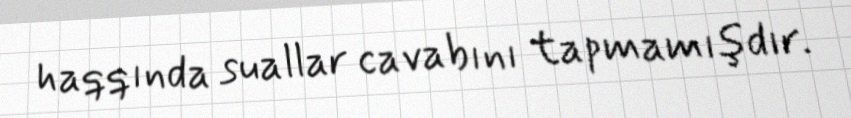
haqqında suallar cavabını tapmamışdır.